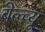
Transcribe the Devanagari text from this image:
बेल्व्यू